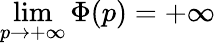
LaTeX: \operatorname*{lim}_{p\to+\infty}\Phi(p)=+\infty